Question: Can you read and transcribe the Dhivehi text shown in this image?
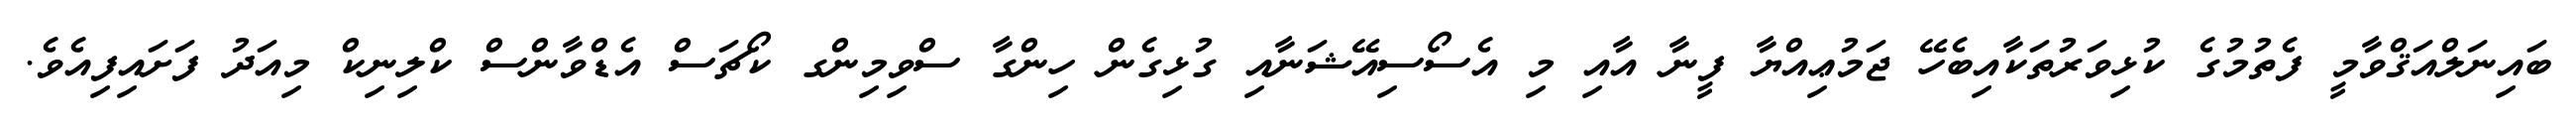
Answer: ބައިނަލްއަޤްވާމީ ފެތުމުގެ ކުޅިވަރުތަކާއިބެހޭ ޖަމުޢިއްޔާ ފީނާ އާއި މި އެސޯސިއޭޝަނާއި ގުޅިގެން ހިންގާ ސްވިމިންގ ކޯޗަސް އެޑްވާންސް ކްލިނިކް މިއަދު ފަށައިފިއެވެ.